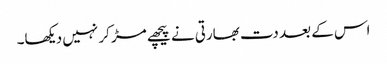
اس کے بعد دت بھارتی نے پیچھے مڑ کر نہیں دیکھا۔